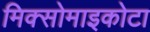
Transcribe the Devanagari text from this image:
मिक्सोमाइकोटा